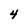
Character: 4